Annual statistical returns and brief notes on vaccination in Bengal - 1887-1898
Year: 1887
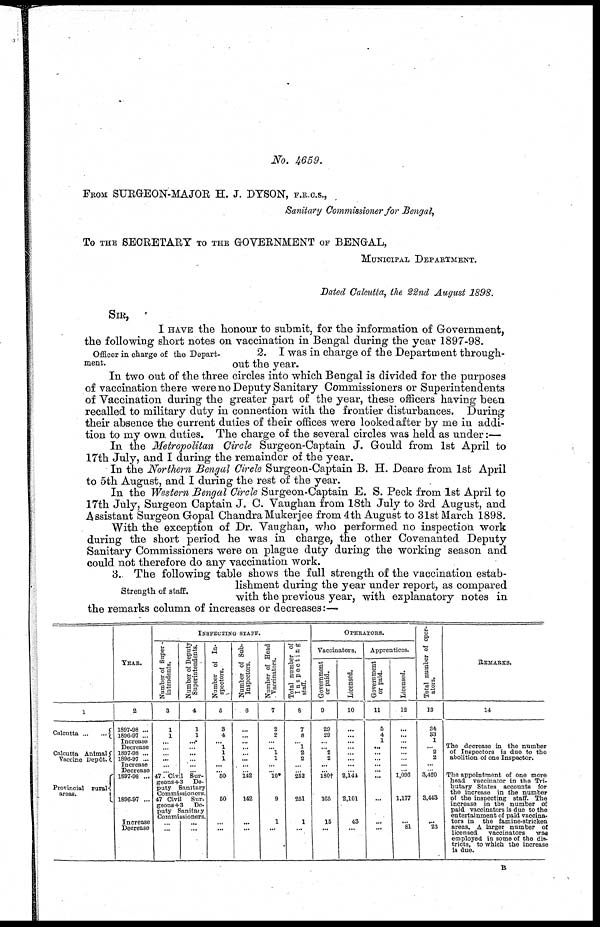
No. 4659.
FROM SURGEON-MAJOR H. J. DYSON, F.R.C.S.,
Sanitary Commissioner for Bengal,
To THE SECRETARY TO THE GOVERNMENT OF BENGAL,
MUNICIPAL DEPARTMENT.
Dated Calcutta, the 22nd August 1898.
SIR,
Officer in charge of the Depart-
ment.
I HAVE the honour to submit, for the information of Government,
the following short notes on vaccination in Bengal during the year 1897-98.
2. I was in charge of the Department through-
out the year.
In two out of the three circles into which Bengal is divided for the purposes
of vaccination there were no Deputy Sanitary Commissioners or Superintendents
of Vaccination during the greater part of the year, these officers having been
recalled to military duty in connection with the frontier disturbances. During
their absence the current duties of their offices were looked after by me in addi-
tion to my own duties. The charge of the several circles was held as under:—
In the Metropolitan Circle Surgeon-Captain J. Gould from 1st April to
17th July, and I during the remainder of the year.
In the Northern Bengal Circle Surgeon-Captain B. H. Deare from 1st April
to 5th August, and I during the rest of the year.
In the Western Bengal Circle Surgeon-Captain E. S. Peck from 1st April to
17th July, Surgeon Captain J. C. Vaughan from 18th July to 3rd August, and
Assistant Surgeon Gopal Chandra Mukerjee from 4th August to 31st March 1898.
With the exception of Dr. Vaughan, who performed no inspection work
during the short period he was in charge, the other Covenanted Deputy
Sanitary Commissioners were on plague duty during the working season and
could not therefore do any vaccination work.
Strength of staff.
3. The following table shows the full strength of the vaccination estab-
lishment during the year under report, as compared
with the previous year, with explanatory notes in
the remarks column of increases or decreases:—
1
Calcutta
...
...
Calcutta Animal
Vaccine Depôt.
Provincial rural
areas.
YEAR.
2
1897-98 ...
1896-97 ...
Increase
Decrease
1897-98 ...
1896-97 ...
Increase
Decrease
1897-98 ...
1896-97 ...
Increase
Decrease
INSPECTING STAFF.
Number of Super-
intendents.
3
1
1
...
...
...
...
...
...
Number of Deputy
Superintendents.
4
1
1
...
...
...
...
...
...
47 Civil Sur-
geons+3 De-
puty Sanitary
Commissioners.
47 Civil Sur.
geons+3 De-
puty Sanitaty
Commissioners.
...
...
...
...
Number of In-
spectors.
5
3
4
... 1
1
1
...
... 60
60
...
...
Number of Sub-
Inspectors.
6
...
...
...
...
...
...
...
...
142
142
...
...
Number of Head
Vaccinators.
7
2
2
...
...
1
1
... ...
10*
9
1
...
Total number of
Inspecting
staff.
8
7
8
... 1
2
2
...
...
252
261
1
...
OPERATORS.
Vaccinators.
Government
or paid.
9
29
29
...
...
2
2
...
...
180†
165
15
...
Licensed.
10
...
...
...
...
...
...
...
...
2,144
2,101
43
...
Apprentices.
Government
or paid.
11
5
4
1
...
...
...
...
...
...
...
...
...
Licensed.
12
...
...
...
...
...
...
...
...
1,096
1,177
... 81
Total number of oper-
ators.
13
34
33
1
...
2
2
...
...
3,420
3,443
... 23
REMARKS.
14
The decrease in the number
of Inspectors is due to the
abolition of one Inspector.
The appointment of one more
head vaccinator in the Tri-
butary States accounts for
the increase in the number
of the inspecting staff. The
increase in the number of
paid vaccinators is due to the
entertainment of paid vaccina-
tors in the famine-stricken
areas. A larger number of
licensed
vaccinators was
employed in some of the dis-
tricts, to which the increase
is due.
B